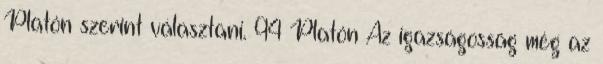
Platón szerint választani. 94 Platón Az igazságosság még az